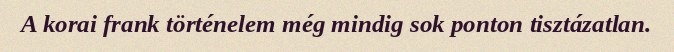
A korai frank történelem még mindig sok ponton tisztázatlan.